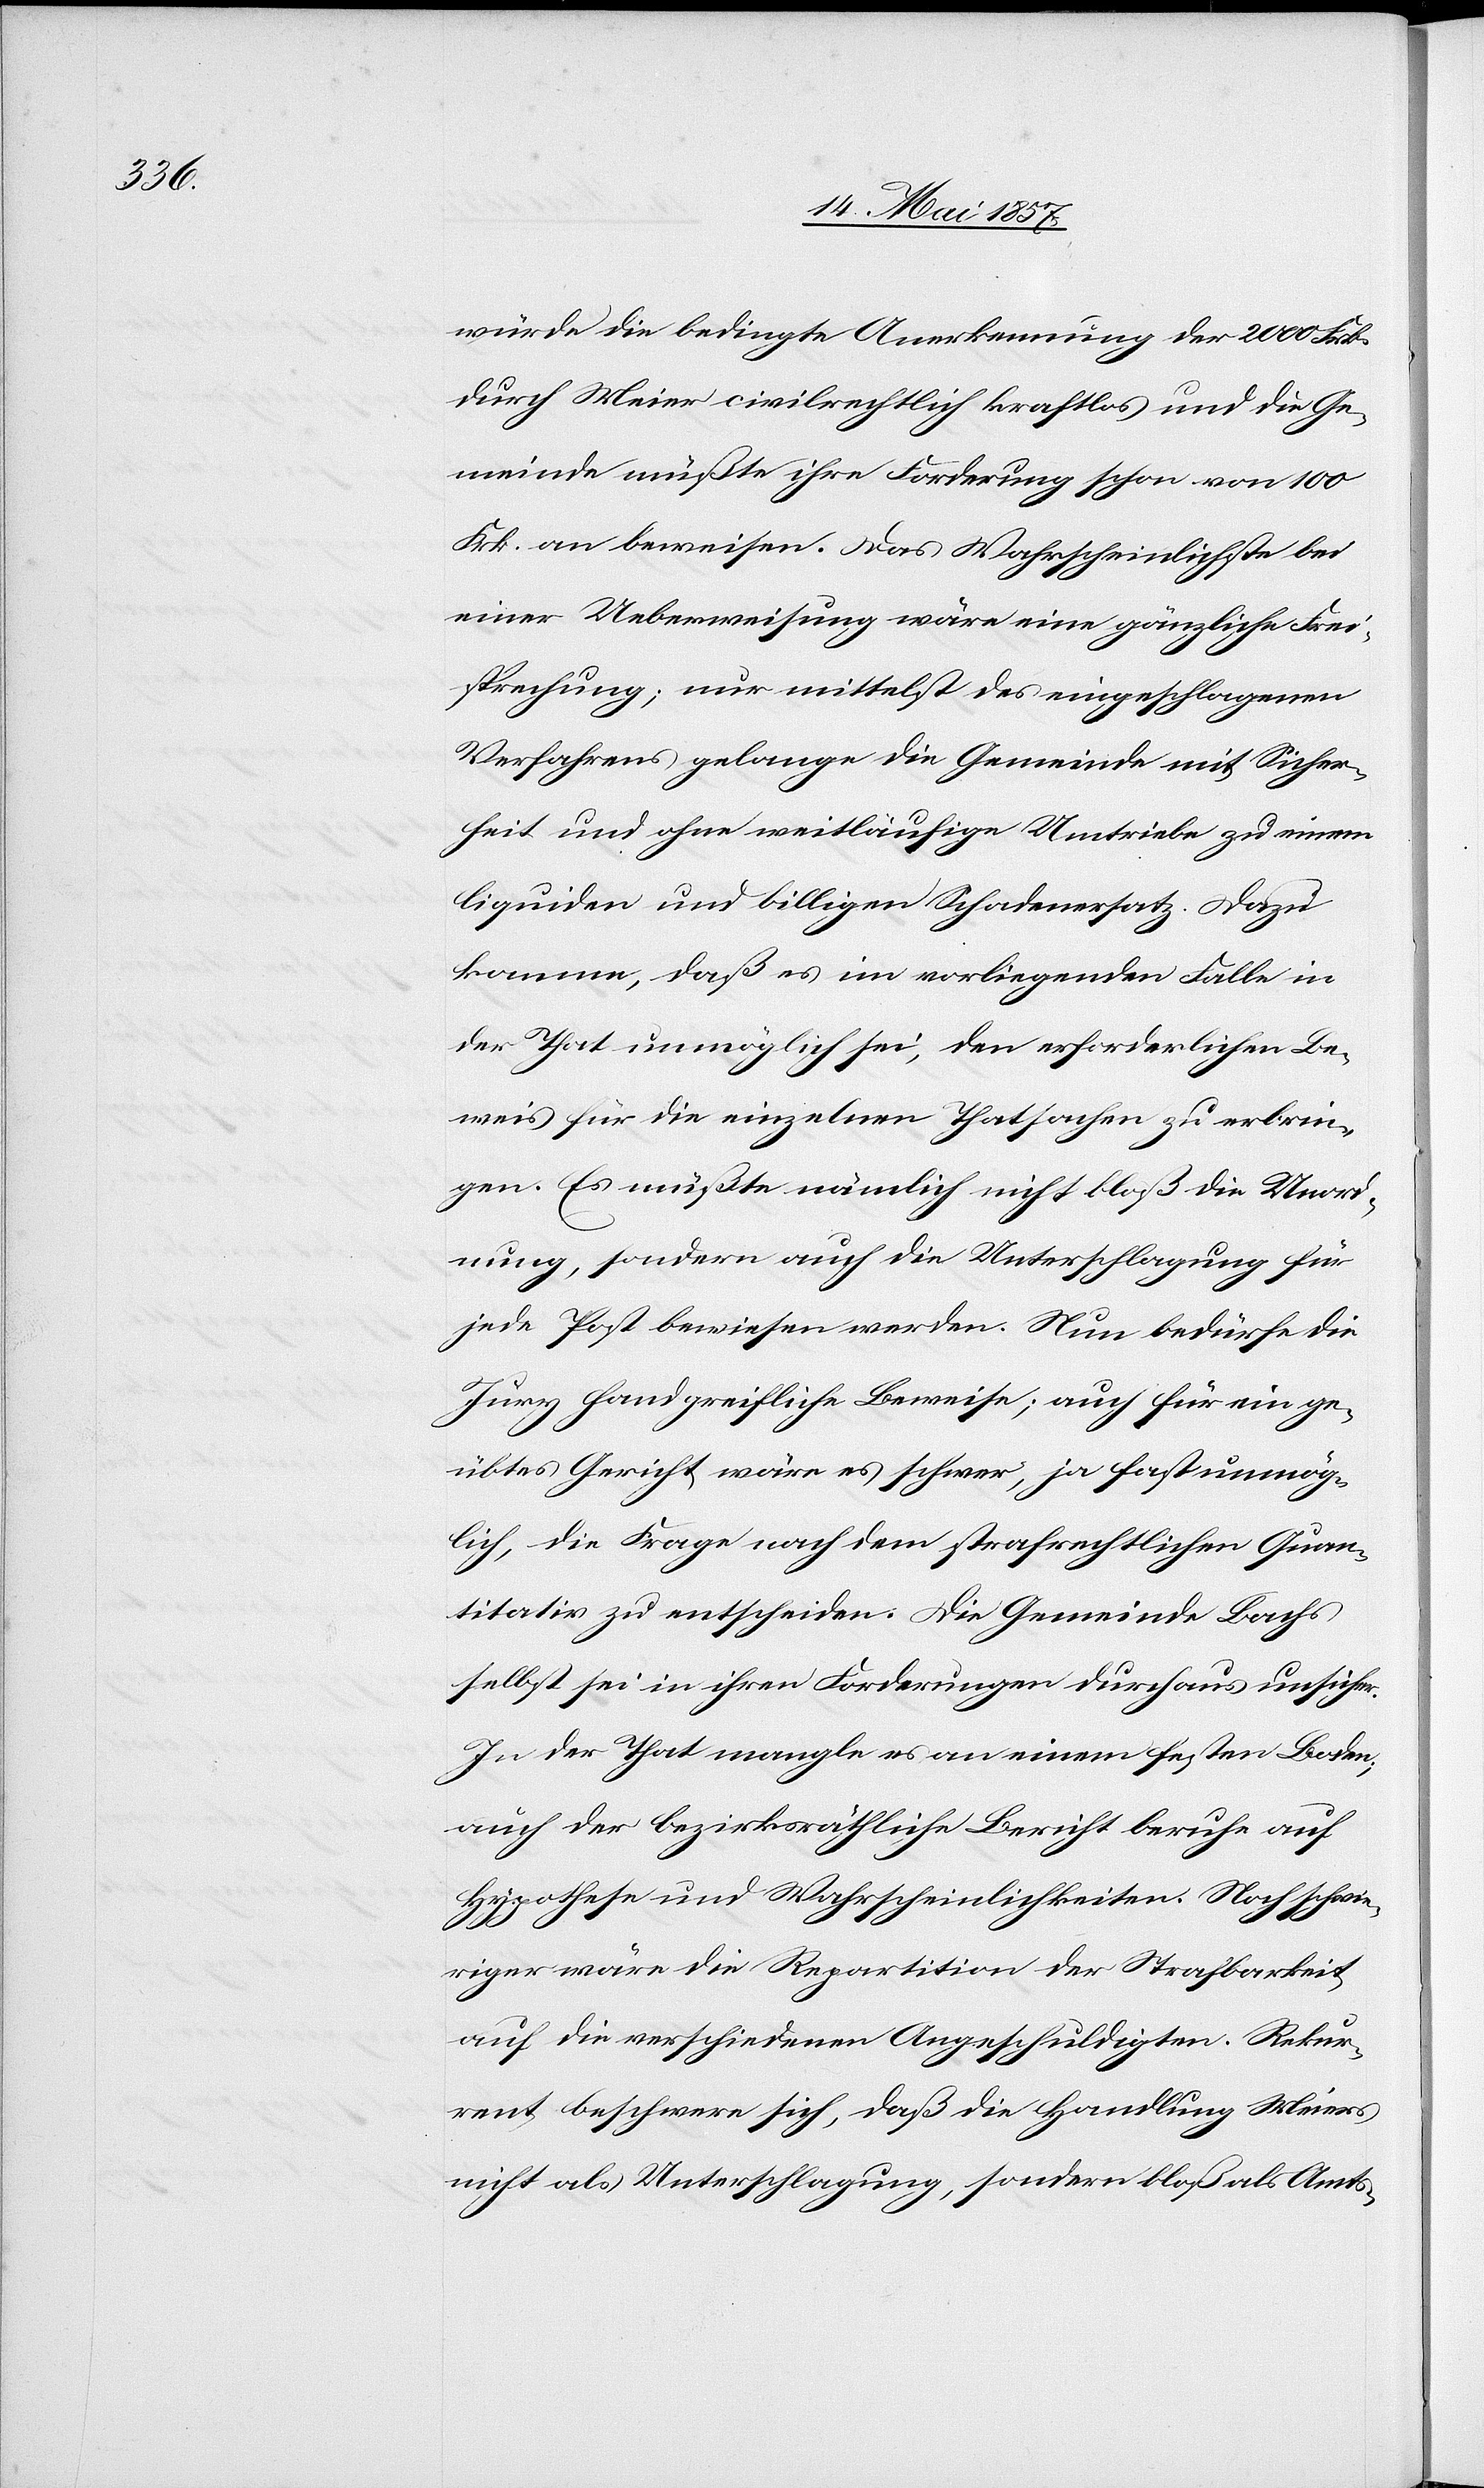
würde die bedingte Anerkennung der 2000 Frk.
durch Meier civilrechtlich kraftlos und die Ge¬
meinde müßte ihre Forderung schon von 100
Frk. an beweisen. Das Wahrscheinlichste bei
einer Ueberweisung wäre eine gänzliche Frei¬
sprechung; nur mittelst des eingeschlagenen
Verfahrens gelange die Gemeinde mit Sicher¬
heit und ohne weitläufige Umtriebe zu einem
liquiden und billigen Schadenersatz. Dazu
komme, daß es im vorliegenden Falle in
der That unmöglich sei, den erforderlichen Be¬
weis für die einzelnen Thatsachen zu erbrin¬
gen. Es müßte nämlich nicht bloß die Unord¬
nung, sondern auch die Unterschlagung für
jede Post bewiesen werden. Nun bedürfe die
Jury handgreifliche Beweise; auch für ein ge¬
übtes Gericht wäre es schwer, ja fast unmög¬
lich, die Frage nach dem strafrechtlichen Quan¬
titativ zu entscheiden. Die Gemeinde Bachs
selbst sei in ihren Forderungen durchaus unsicher.
In der That mangle es an einem festen Boden;
auch der bezirksräthliche Bericht beruhe auf
Hypothese und Wahrscheinlichkeiten. Noch schwie¬
riger wäre die Repartition der Strafbarkeit
auf die verschiedenen Angeschuldigten. Rekur¬
rent beschwere sich, daß die Handlung Meiers
nicht als Unterschlagung, sondern bloß als Amts-